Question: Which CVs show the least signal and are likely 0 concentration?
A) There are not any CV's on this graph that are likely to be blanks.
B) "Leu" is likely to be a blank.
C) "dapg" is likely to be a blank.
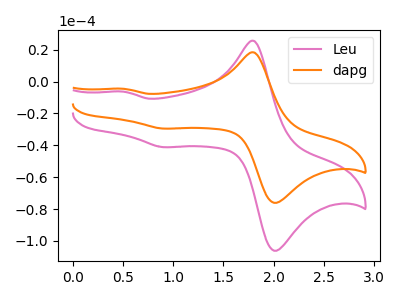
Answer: <think>The pink curve "Leu" has anodic peaks at (1.80V, 25.50uA) (0.50V, -6.35uA) and cathodic peaks at (2.05V, -105.30uA) (0.90V, -41.15uA). The orange curve "dapg" has anodic peaks at (1.80V, 18.25uA) (0.50V, -4.55uA) and cathodic peaks at (2.05V, -75.50uA) (0.90V, -29.50uA).</think>
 <answer>A) There are not any CV's on this graph that are likely to be blanks.</answer>
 <eval>A</eval>